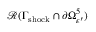
\mathcal { R } ( \Gamma _ { \mathrm { s h o c k } } \cap \partial \Omega _ { \varepsilon ^ { \prime } } ^ { 5 } )